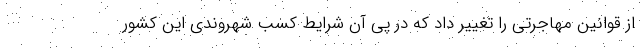
از قوانین مهاجرتی را تغییر داد که در پی آن شرایط کسب شهروندی این کشور